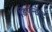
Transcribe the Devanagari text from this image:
डिपेन्डेन्ट